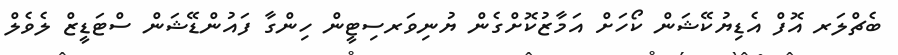
ބެޗްލަރ އޮފް އެޑިޔުކޭޝަން ކޯހަށް އަމާޒުކޮށްގެން ޔުނިވަރސިޓީން ހިންގާ ފައުންޑޭޝަން ސްޓަޑީޒް ލެވެލް